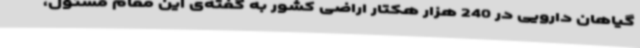
گیاهان دارویی در 240 هزار هکتار اراضی کشور به گفته‌ی این مقام مسئول،